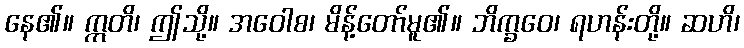
နေ၏။ ဣတိ၊ ဤသို့။ အဝေါစ၊ မိန့်တော်မူ၏။ ဘိက္ခဝေ၊ ရဟန်းတို့။ ဆဟိ၊